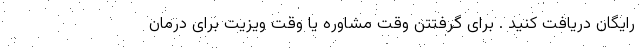
رایگان دریافت کنید . برای گرفتتن وقت مشاوره یا وقت ویزیت برای درمان